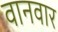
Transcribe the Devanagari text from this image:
वानवार